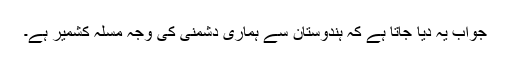
جواب یہ دیا جاتا ہے کہ ہندوستان سے ہماری دشمنی کی وجہ مسلہ کشمیر ہے۔